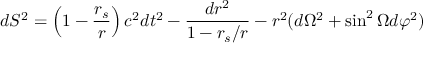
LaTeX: d S ^ { 2 } = \left( 1 - { \frac { r _ { s } } { r } } \right) c ^ { 2 } d t ^ { 2 } - { \frac { d r ^ { 2 } } { 1 - { r _ { s } } / { r } } } - r ^ { 2 } ( d \Omega ^ { 2 } + \sin ^ { 2 } \Omega d \varphi ^ { 2 } )